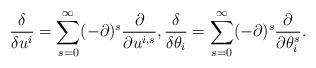
LaTeX: \begin{align*}\frac{\delta}{\delta u^i} =\sum_{s=0}^\infty (-\partial)^s \frac{\partial}{\partial u^{i,s}}, \frac{\delta}{\delta \theta_i}=\sum_{s=0}^\infty (-\partial)^s \frac{\partial}{\partial \theta_i^s}.\end{align*}